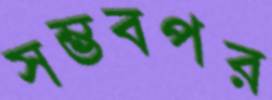
সম্ভবপর